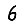
Digit: 6